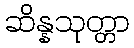
ဆိန္နသုတ္တာ